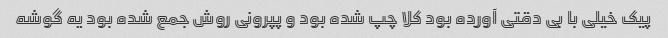
پیک خیلی با بی دقتی آورده بود کلا چپ شده بود و پپرونی روش جمع شده بود یه گوشه